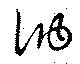
訥